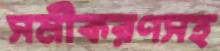
সমীকরণসহ